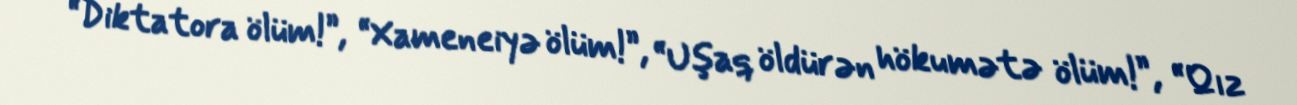
“Diktatora ölüm!”, “Xameneiyə ölüm!”, “Uşaq öldürən hökumətə ölüm!”, “Qız